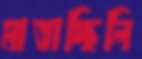
মাতাচ্ছিলি